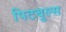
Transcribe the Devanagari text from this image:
पिटबुल्स